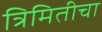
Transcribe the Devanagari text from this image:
त्रिमितीचा